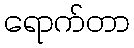
ရောက်တာ